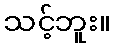
သင့်ဘူး။